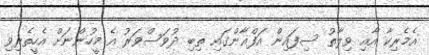
އެމެރިކާ އާއި ވިލާތު ސިފައިން އަފްޣާންގައި ތިބި ދުވަސްވަރު އެ މީހުންނަށް އެހީތެރިވި